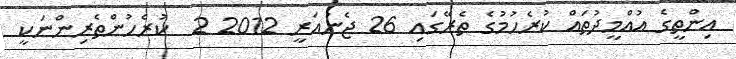
އިންތީގެ އުއްމީދުތައް ކުރެހުމުގެ ތެރޭގައި 26 ޖެނުއަރީ 2012 2  ކުރެހުންތެރިންނަކީ